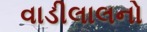
વાડીલાલનો